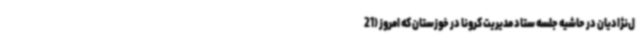
ل‌نژادیان در حاشیه جلسه ستاد مدیریت کرونا در خوزستان که امروز (21